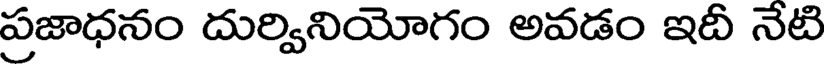
ప్రజాధనం దుర్వినియోగం అవడం ఇదీ నేటి